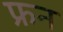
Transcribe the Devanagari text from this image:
फ्रन